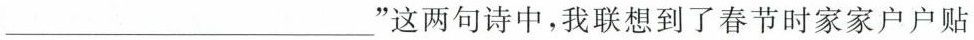
____"这两句诗中，我联想到了春节时家家户户贴